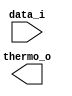
module check_termo #(
	parameter W = 8
)(
	input [W-1:0] data_i,
	output        thermo_o
);

assign thermo = (( data_i - W'd1 ) ^ data_i ) == data_i;

endmodule